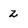
Character: 2